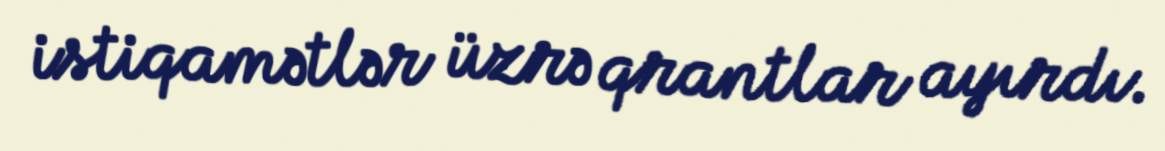
istiqamətlər üzrə qrantlar ayırdı.